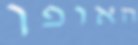
האופן